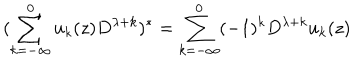
LaTeX: ( \sum _ { k = - \infty } ^ { 0 } u _ { k } ( z ) D ^ { \lambda + k } ) ^ { * } = \sum _ { k = - \infty } ^ { 0 } ( - 1 ) ^ { k } D ^ { \lambda + k } u _ { k } ( z )